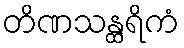
တိဏသန္ထရိကံ